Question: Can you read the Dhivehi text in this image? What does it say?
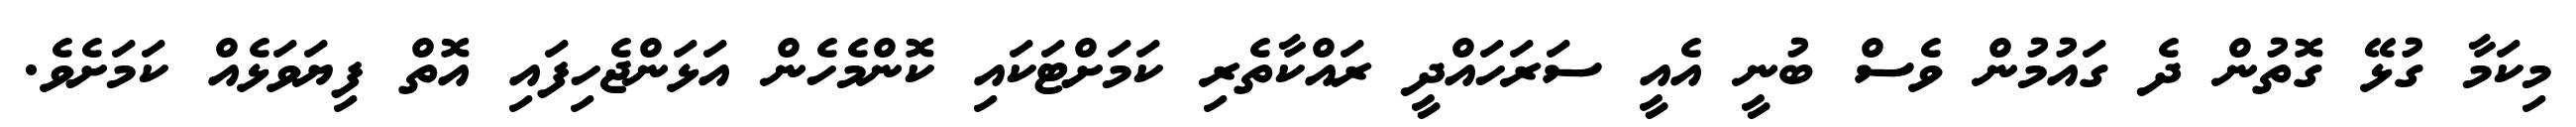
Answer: މިކަމާ ގުޅޭ ގޮތުން ދެ ގައުމުން ވެސް ބުނީ އެއީ ސަރަހައްދީ ރައްކާތެރި ކަމަށްޓަކައި ކޮންމެހެން އަޅަންޖެހިފައި އޮތް ފިޔަވަޅެއް ކަމަށެވެ.